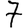
Digit: 7